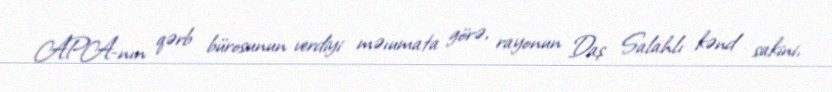
APA-nın qərb bürosunun verdiyi məıumata görə, rayonun Daş Salahlı kənd sakini,